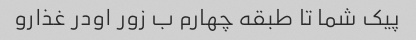
پیک شما تا طبقه چهارم ب زور اودر غذارو